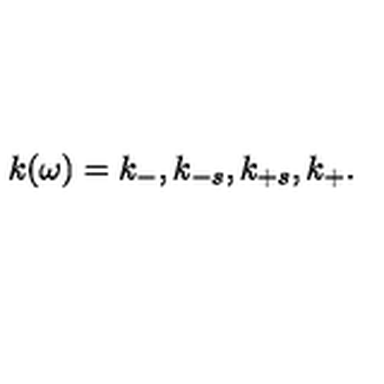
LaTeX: k ( \omega ) = k _ { - } , k _ { - s } , k _ { + s } , k _ { + } .